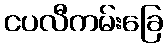
ငပလီကမ်းခြေ